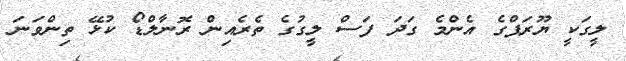
ލީގަކީ ޔޫރަޕްގެ އެންމެ ގަދަ ފަސް ލީގުގެ ތެރެއިން ރޮނާލްޑޯ ކުޅޭ ތިންވަނަ